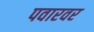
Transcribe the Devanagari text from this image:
पवारवर